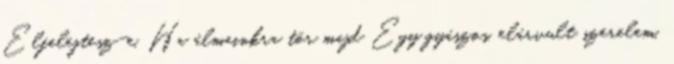
Elfelejtesz-e, Ha álmainkra tör majd Egy gyászos, elárvult szerelem,